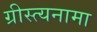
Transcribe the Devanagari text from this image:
ग्रीस्त्यनामा